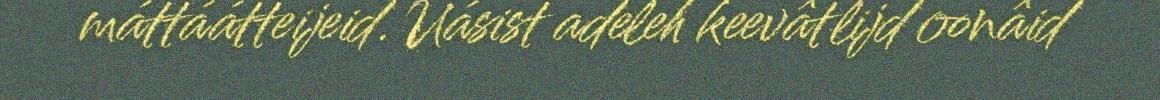
máttáátteijeid. Uásist adeleh keevâtlijd oonâid